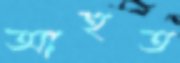
আহুত